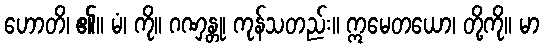
ဟောတိ၊ ၏။ မံ၊ ကို။ ဂဏှန္တု၊ ကုန်သတည်း။ ဣမေတယော၊ တို့ကို။ မာ